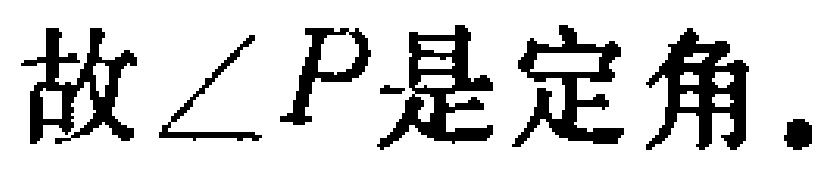
故\(\angle P\)是定角.